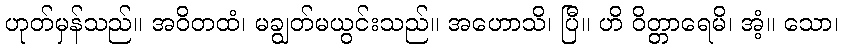
ဟုတ်မှန်သည်။ အဝိတထံ၊ မချွတ်မယွင်းသည်။ အဟောသိ၊ ပြီ။ ဟိ ဝိတ္တာရေမိ၊ အံ့။ သော၊